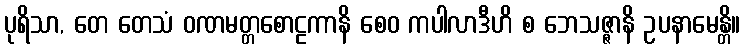
ပုရိသာ, တေ တေသံ ဝဏမတ္တစောဠကာနိ စေဝ ကပါလာဒီဟိ စ ဘေသဇ္ဇာနိ ဥပနာမေန္တိ။